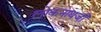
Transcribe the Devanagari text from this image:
लोकनाथजी